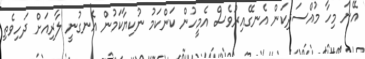
އޭނަ މިހާ މުއްސަދިކަން އެނގޭއިރުވެސް އެމީހުން ކަންކަމު ނުކިޔާކަމުން އެނގުނީ ލާރިއަށް ދަހިވެތި